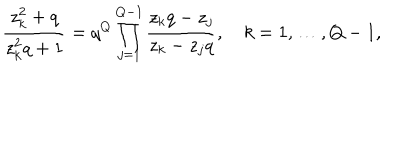
\frac { z _ { k } ^ { 2 } + q } { z _ { k } ^ { 2 } q + 1 } = q ^ { Q } \prod _ { j = 1 } ^ { Q - 1 } \frac { z _ { k } q - z _ { j } } { z _ { k } - z _ { j } q } , k = 1 , \ldots , Q - 1 ,